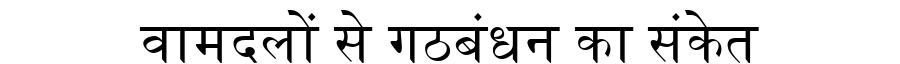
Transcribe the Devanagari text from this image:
वामदलों से गठबंधन का संकेत